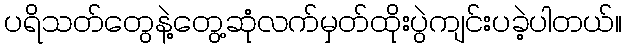
ပရိသတ်တွေနဲ့တွေ့ဆုံလက်မှတ်ထိုးပွဲကျင်းပခဲ့ပါတယ်။